Problem: 10 × 6 = ?
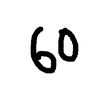
Handwritten answer: 60